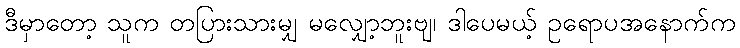
ဒီမှာတော့ သူက တပြားသားမျှ မလျှော့ဘူးဗျ၊ ဒါပေမယ့် ဥရောပအနောက်က